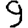
Digit: 9